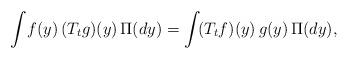
LaTeX: \begin{align*}\int\!f(y)\,(T_tg)(y)\,\Pi(dy) = \int\!(T_tf)(y)\,g(y)\,\Pi(dy),\end{align*}